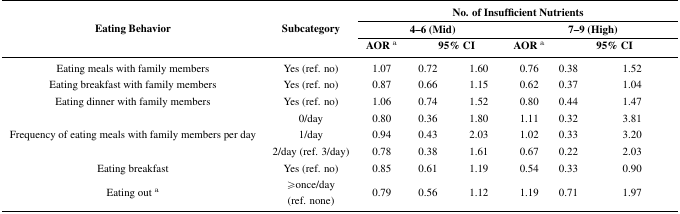
<table><thead><tr><td rowspan="3"><b>Eating Behavior</b></td><td rowspan="3"><b>Subcategory</b></td><td colspan="6"><b>No. of Insufficient Nutrients</b></td></tr><tr><td colspan="3"><b>4–6 (Mid)</b></td><td colspan="3"><b>7–9 (High)</b></td></tr><tr><td><b>AOR <sup>a</sup></b></td><td colspan="2"><b>95% CI</b></td><td><b>AOR <sup>a</sup></b></td><td colspan="2"><b>95% CI</b></td></tr></thead><tbody><tr><td>Eating meals with family members</td><td>Yes (ref. no)</td><td>1.07</td><td>0.72</td><td>1.60</td><td>0.76</td><td>0.38</td><td>1.52</td></tr><tr><td>Eating breakfast with family members</td><td>Yes (ref. no)</td><td>0.87</td><td>0.66</td><td>1.15</td><td>0.62</td><td>0.37</td><td>1.04</td></tr><tr><td>Eating dinner with family members</td><td>Yes (ref. no)</td><td>1.06</td><td>0.74</td><td>1.52</td><td>0.80</td><td>0.44</td><td>1.47</td></tr><tr><td rowspan="3">Frequency of eating meals with family members per day</td><td>0/day</td><td>0.80</td><td>0.36</td><td>1.80</td><td>1.11</td><td>0.32</td><td>3.81</td></tr><tr><td>1/day</td><td>0.94</td><td>0.43</td><td>2.03</td><td>1.02</td><td>0.33</td><td>3.20</td></tr><tr><td>2/day (ref. 3/day)</td><td>0.78</td><td>0.38</td><td>1.61</td><td>0.67</td><td>0.22</td><td>2.03</td></tr><tr><td>Eating breakfast</td><td>Yes (ref. no)</td><td>0.85</td><td>0.61</td><td>1.19</td><td>0.54</td><td>0.33</td><td>0.90</td></tr><tr><td>Eating out <sup>a</sup></td><td>≥once/day (ref. none)</td><td>0.79</td><td>0.56</td><td>1.12</td><td>1.19</td><td>0.71</td><td>1.97</td></tr></tbody></table>